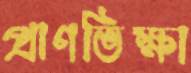
প্রাণভিক্ষা